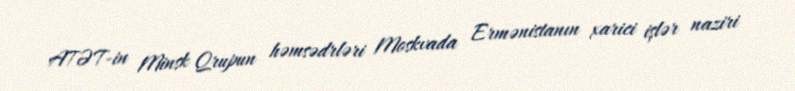
ATƏT-in Minsk Qrupun həmsədrləri Moskvada Ermənistanın xarici işlər naziri